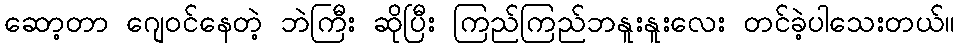
ဆော့တာ ဂျေဝင်နေတဲ့ ဘဲကြီး ဆိုပြီး ကြည်ကြည်ဘနူးနူးလေး တင်ခဲ့ပါသေးတယ်။